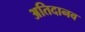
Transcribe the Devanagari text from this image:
अतिदानव